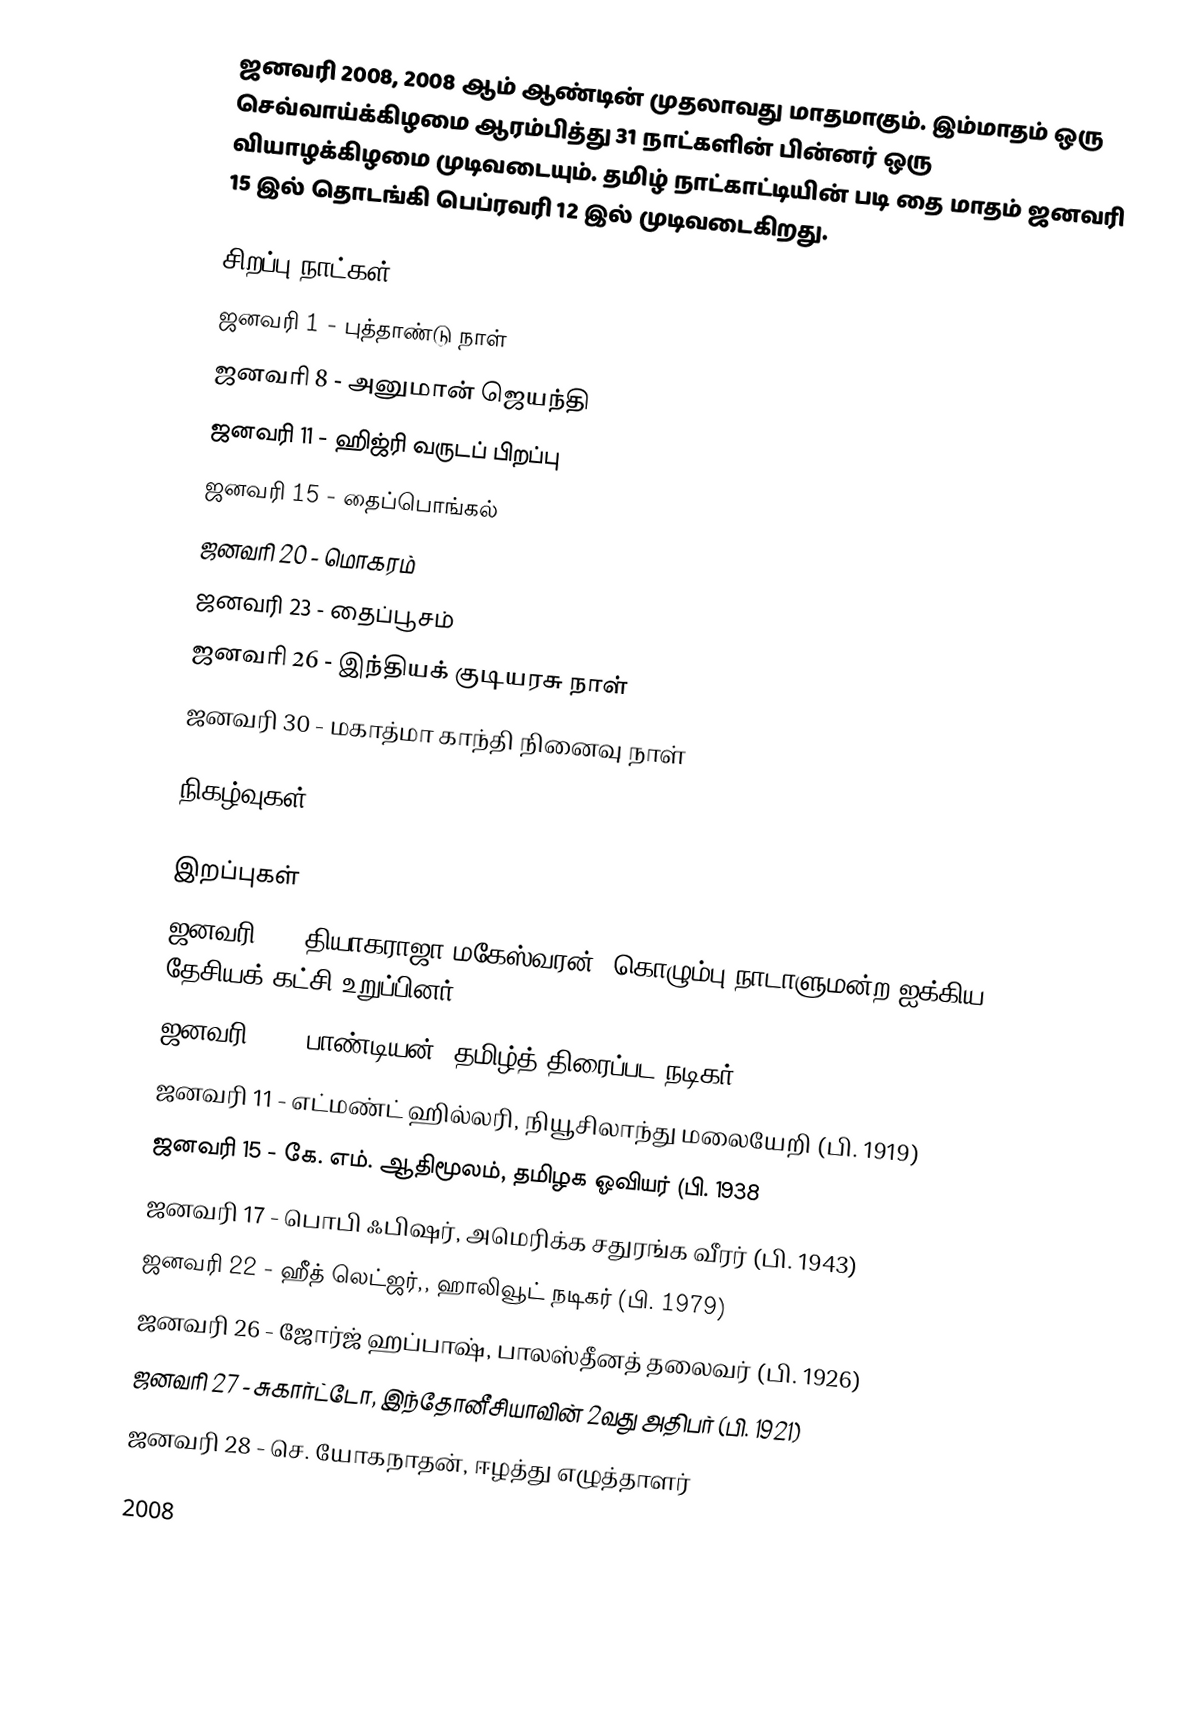
ஜனவரி 2008, 2008 ஆம் ஆண்டின் முதலாவது மாதமாகும். இம்மாதம் ஒரு செவ்வாய்க்கிழமை ஆரம்பித்து 31 நாட்களின் பின்னர் ஒரு வியாழக்கிழமை முடிவடையும். தமிழ் நாட்காட்டியின் படி தை மாதம் ஜனவரி 15 இல் தொடங்கி பெப்ரவரி 12 இல் முடிவடைகிறது.

சிறப்பு நாட்கள்
 ஜனவரி 1 - புத்தாண்டு நாள்
 ஜனவரி 8 - அனுமான் ஜெயந்தி
 ஜனவரி 11 - ஹிஜ்ரி வருடப் பிறப்பு
 ஜனவரி 15 - தைப்பொங்கல்
 ஜனவரி 20 - மொகரம்
 ஜனவரி 23 - தைப்பூசம்
 ஜனவரி 26 - இந்தியக் குடியரசு நாள்
 ஜனவரி 30 - மகாத்மா காந்தி நினைவு நாள்

நிகழ்வுகள்

இறப்புகள்
 ஜனவரி 1 - தியாகராஜா மகேஸ்வரன், கொழும்பு நாடாளுமன்ற ஐக்கிய தேசியக் கட்சி உறுப்பினர்
 ஜனவரி 10 - பாண்டியன், தமிழ்த் திரைப்பட நடிகர்
 ஜனவரி 11 - எட்மண்ட் ஹில்லரி, நியூசிலாந்து மலையேறி (பி. 1919)
 ஜனவரி 15 - கே. எம். ஆதிமூலம், தமிழக ஓவியர் (பி. 1938
 ஜனவரி 17 - பொபி ஃபிஷர், அமெரிக்க சதுரங்க வீரர் (பி. 1943)
 ஜனவரி 22 - ஹீத் லெட்ஜர்,, ஹாலிவூட் நடிகர் (பி. 1979)
 ஜனவரி 26 - ஜோர்ஜ் ஹப்பாஷ், பாலஸ்தீனத் தலைவர் (பி. 1926)
 ஜனவரி 27 - சுகார்ட்டோ, இந்தோனீசியாவின் 2வது அதிபர் (பி. 1921)
 ஜனவரி 28 - செ. யோகநாதன், ஈழத்து எழுத்தாளர்

2008